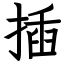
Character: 插